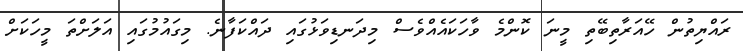
ރައްޔިތުން ހޭއަރާތިބޭތި މީނަ ކޮންމެ ވާހަކައެއްވެސް މިދަނޑިވަޅުގައި ދައްކަފާނެ. މިގައުމުގައި އަލަށްތަ މީހަކަށް